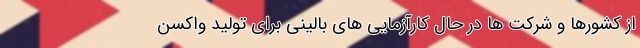
از کشورها و شرکت ها در حال کارآزمایی های بالینی برای تولید واکسن